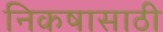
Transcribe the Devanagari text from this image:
निकषासाठी